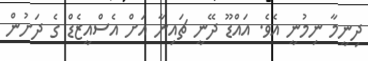
ދިނީމާ ނިމުނީ އެވެ. އައްޑޫ ދޭނީ ޗައިނާ އަށް އެސްއީޒެޑް ގެ ދަށުން